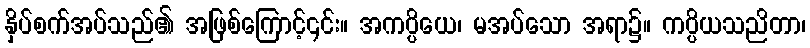
နှိပ်စက်အပ်သည်၏ အဖြစ်ကြောင့်၎င်း။ အကပ္ပိယေ၊ မအပ်သော အရာ၌။ ကပ္ပိယသညိတာ၊